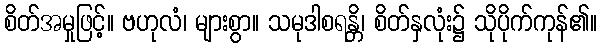
စိတ်အမှုဖြင့်။ ဗဟုလံ၊ များစွာ။ သမုဒါစရန္တိ၊ စိတ်နှလုံး၌ သိုပိုက်ကုန်၏။